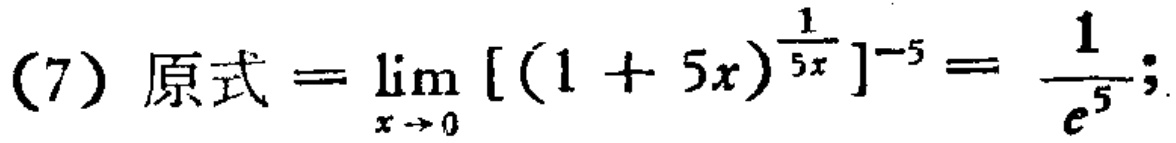
(7) 原式 \(=\lim_{x \to 0} [(1 + 5x)^{\frac{1}{5x}}]^{-5}=\frac{1}{e^{5}}\);